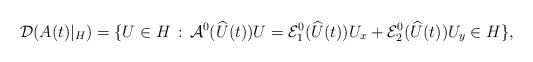
LaTeX: \begin{align*}\mathcal{D}(A(t)|_H)=\{ U\in H\,:\, \mathcal{A}^0(\widehat U(t))U=\mathcal{E}_1^0(\widehat U(t))U_x + \mathcal{E}_2^0(\widehat U(t)) U_y\in H\},\end{align*}